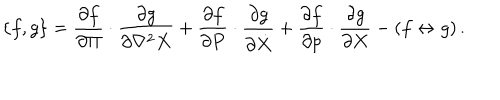
\{ f , g \} = { \frac { \partial f } { \partial \Pi } } \cdot { \frac { \partial g } { \partial \nabla ^ { 2 } X } } + { \frac { \partial f } { \partial P } } \cdot { \frac { \partial g } { \partial \dot { X } } } + { \frac { \partial f } { \partial p } } \cdot { \frac { \partial g } { \partial X } } - ( f \leftrightarrow g ) \, .